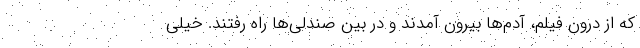
که از درون فیلم، آدم‌ها بیرون آمدند و در بین صندلی‌ها راه رفتند. خیلی